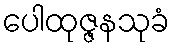
ပေါထုဇ္ဇနသုခံ